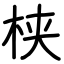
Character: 𬂩